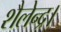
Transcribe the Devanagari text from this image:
शैलेन्द्र।